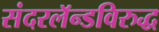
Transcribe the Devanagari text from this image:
संदरलॅन्डविरुद्ध